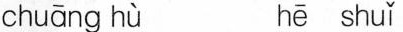
chuāng hù hē shuǐ